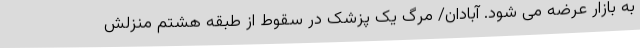
به بازار عرضه می شود. آبادان/ مرگ یک پزشک در سقوط از طبقه هشتم منزلش